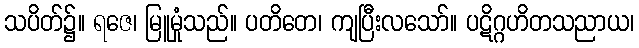
သပိတ်၌။ ရဇေ၊ မြူမှုံသည်။ ပတိတေ၊ ကျပြီးလသော်။ ပဋိဂ္ဂဟိတသညာယ၊